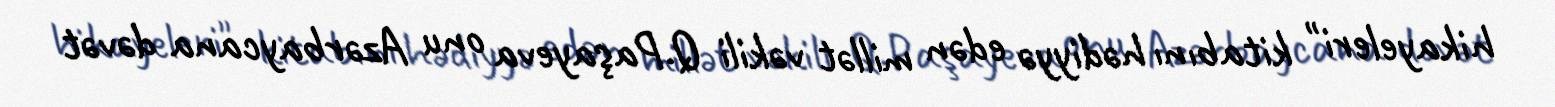
hikayeleri" kitabını hədiyyə edən millət vəkili Q.Paşayeva onu Azərbaycana dəvət